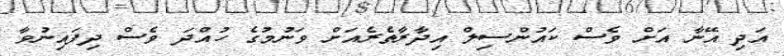
އަދި އޭނާ އަށް ވެސް ކައުންސިލް އިދާރާތެރެއަށް ވަނުމުގެ ހުއްދަ ވެސް ދިފައިނުވާ